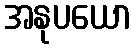
အနုပယော